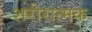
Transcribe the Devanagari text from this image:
शरीरात्मक